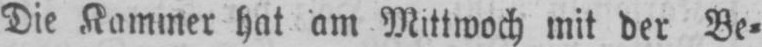
Die Kammer hat am Mittwoch mit der Be⸗